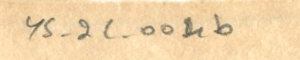
YS_2C_004b